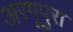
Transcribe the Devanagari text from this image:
अरगूपुरा